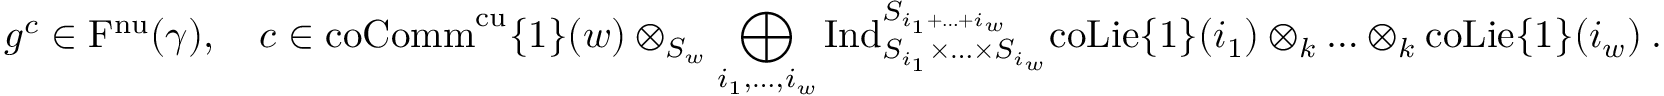
g ^ { c } \in \mathrm { F } ^ { \mathrm { n u } } ( \gamma ) , \quad c \in \mathrm { c o C o m m } ^ { \mathrm { c u } } \{ 1 \} ( w ) \otimes _ { S _ { w } } \bigoplus _ { i _ { 1 } , \ldots , i _ { w } } \mathrm { I n d } _ { S _ { i _ { 1 } } \times \ldots \times S _ { i _ { w } } } ^ { S _ { i _ { 1 } + \ldots + i _ { w } } } \mathrm { c o L i e } \{ 1 \} ( i _ { 1 } ) \otimes _ { k } \ldots \otimes _ { k } \mathrm { c o L i e } \{ 1 \} ( i _ { w } ) \: .